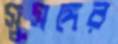
সুসঙ্গের